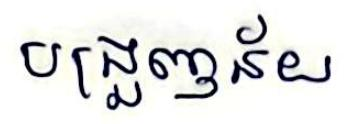
បង្រួញន័យ